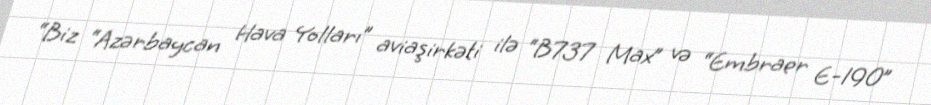
“Biz “Azərbaycan Hava Yolları” aviaşirkəti ilə “B737 Max” və “Embraer E-190”